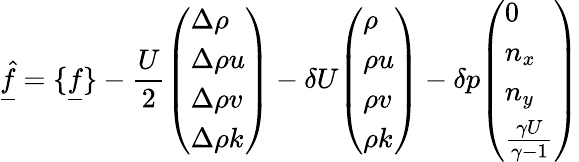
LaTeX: \underline{{\hat{f}}}=\{ \underline{{f}}\} -\frac{U}{2}\begin{array}{l}{\left(\begin{array}{l}{\Delta\rho}\\ {\Delta\rho u}\\ {\Delta\rho v}\\ {\Delta\rho k}\end{array}\right)}\end{array}-\delta U\begin{array}{l}{\left(\begin{array}{l}{\rho}\\ {\rho u}\\ {\rho v}\\ {\rho k}\end{array}\right)}\end{array}-\delta p\begin{array}{l}{\left(\begin{array}{l}{0}\\ {n_{x}}\\ {n_{y}}\\ {\frac{\gamma U}{\gamma-1}}\end{array}\right)}\end{array}